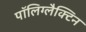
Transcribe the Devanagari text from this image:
पॉलिग्लैक्टिन